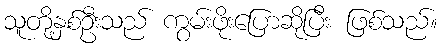
သူတို့နှစ်ဦးသည် ကွမ်းဖိုးပြောဆိုပြီး ဖြစ်သည်။